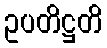
ဥပတိဋ္ဌတိ